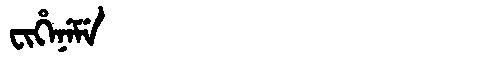
Manchu: ᠸᡳᡥᡝᠨᡝᠮᡝ
Romanization: FIHENEME